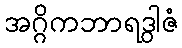
အဂ္ဂိကဘာရဒွါဇံ